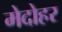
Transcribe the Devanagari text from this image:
मेदोहर